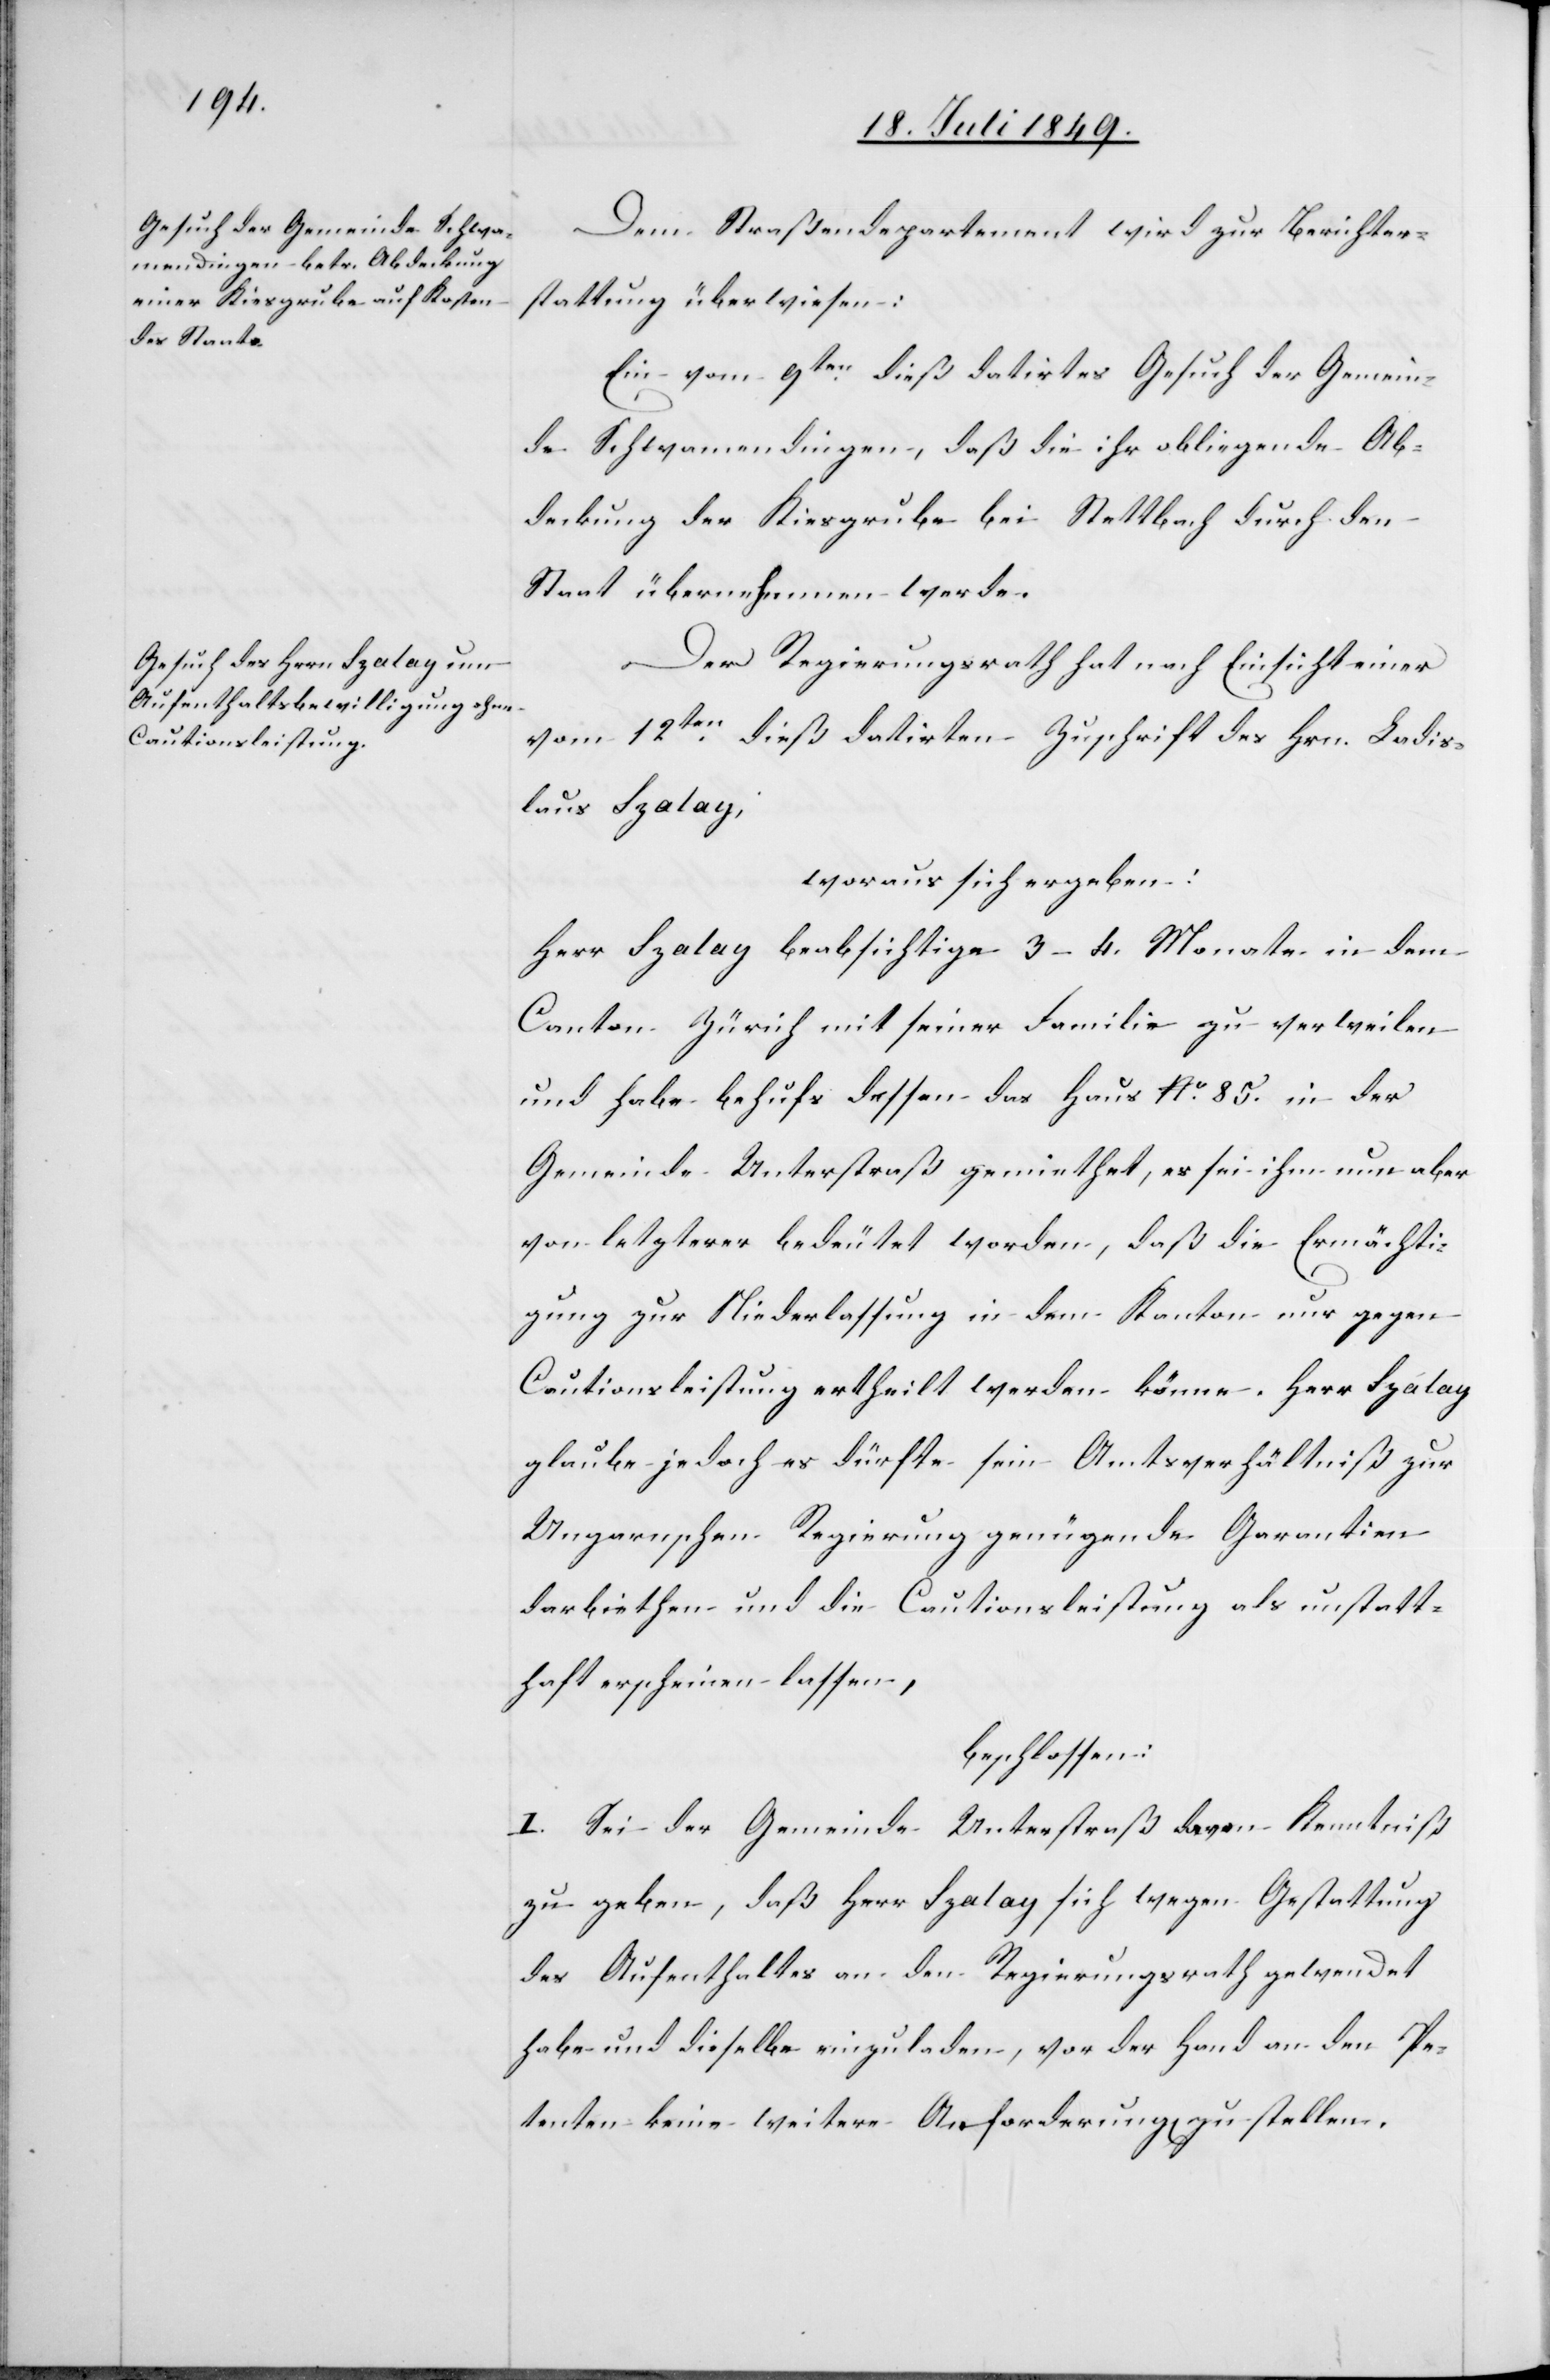
Dem Straßendepartement wird zur Berichter¬
stattung überwiesen:
Ein vom 9ten dieß datirtes Gesuch der Gemein¬
de Schwamendingen, daß die ihr obliegende Ab¬
deckung der Kiesgrube bei Stettbach durch den
Staat übernehmen werde.
Der Regierungsrath hat nach Einsicht einer
vom 12ten dieß datirten Zuschrift des Hrn. Ladis¬
laus Szalay,
woraus sich ergeben:
Herr Szalay beabsichtige 3–4. Monate in dem
Canton Zürich mit seiner Familie zu verweilen
und habe behufs dessen das Haus No. 85. in der
Gemeinde Unterstraß gemiethet, es sei ihm nun aber
von letzterer bedeutet worden, daß die Ermächti¬
gung zur Niederlassung in dem Kanton nur gegen
Cautionsleistung ertheilt werden könne. Herr Szalay
glaube jedoch es dürfte sein Amtsverhältniß zur
Ungarnschen Regierung genügende Garantien
darbiethen und die Cautionsleistung als unstatt¬
haft erscheinen lassen,
beschlossen:
I. Sei der Gemeinde Unterstraß davon Kenntniß
zu geben, daß Herr Szalay sich wegen Gestattung
des Aufenthaltes an den Regierungsrath gewendet
habe und dieselbe einzuladen, vor der Hand an den Pe¬
tenten keine weitere Anforderung[en] zu stellen.